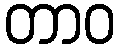
တာဝ